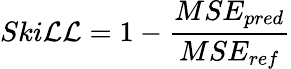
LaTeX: Ski\mathcal{L}\mathcal{L}=1-\frac{{MSE_{pred}}}{{MSE_{ref}}}